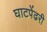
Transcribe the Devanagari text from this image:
घाटपेंढरी